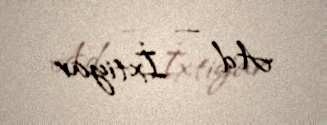
Ad — İxtiyar